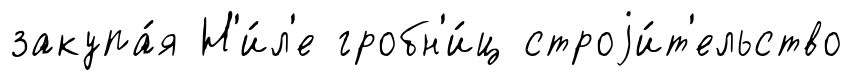
закупа́я Н'и́л'е гробн'и́ц строjи́т'ельство